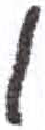
אות: ן